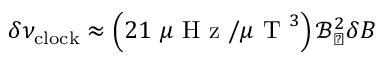
\delta \nu _ { \mathrm { c l o c k } } \approx \left( 2 1 ~ \mu \mathrm { ~ H ~ z ~ } / \mu \mathrm { ~ T ~ } ^ { 3 } \right) \mathcal { B } _ { \perp } ^ { 2 } \delta B